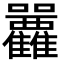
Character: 𡆛